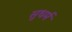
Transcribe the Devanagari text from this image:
सुधर्म